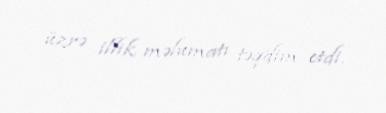
üzrə illik məlumatı təqdim etdi.